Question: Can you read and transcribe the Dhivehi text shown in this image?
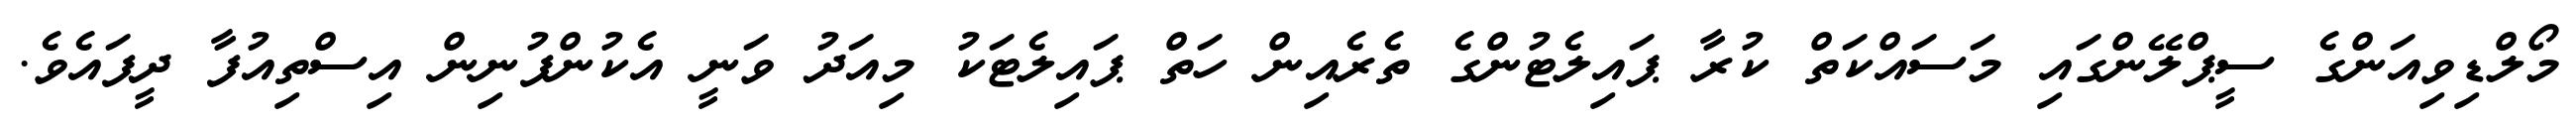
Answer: މޯލްޑިވިއަންގެ ސީޕްލޭންގައި މަސައްކަތް ކުރާ ޕައިލެޓުންގެ ތެރެއިން ހަތް ޕައިލެޓަކު މިއަދު ވަނީ އެކުންފުނިން އިސްތިއުފާ ދީފައެވެ.